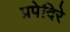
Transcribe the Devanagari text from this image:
प्रपेदिरे